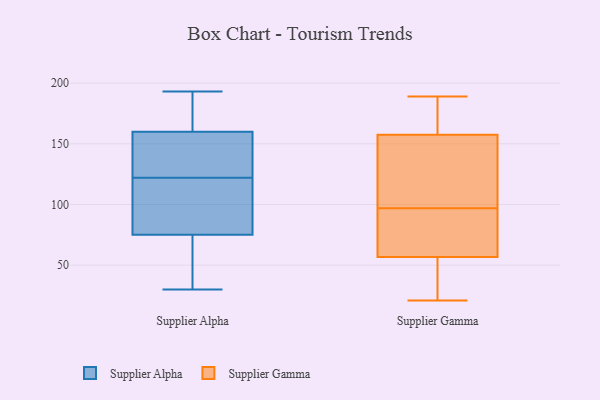
{"axis": {"x": "Energy Usage (MWh)", "y": "Value"}, "legend": ["Supplier Alpha", "Supplier Gamma"], "data": [{"x": "", "y": 168, "type": "Supplier Alpha"}, {"x": "", "y": 44, "type": "Supplier Alpha"}, {"x": "", "y": 54, "type": "Supplier Alpha"}, {"x": "", "y": 30, "type": "Supplier Alpha"}, {"x": "", "y": 127, "type": "Supplier Alpha"}, {"x": "", "y": 160, "type": "Supplier Alpha"}, {"x": "", "y": 117, "type": "Supplier Alpha"}, {"x": "", "y": 141, "type": "Supplier Alpha"}, {"x": "", "y": 114, "type": "Supplier Alpha"}, {"x": "", "y": 193, "type": "Supplier Alpha"}, {"x": "", "y": 137, "type": "Supplier Alpha"}, {"x": "", "y": 190, "type": "Supplier Alpha"}, {"x": "", "y": 175, "type": "Supplier Alpha"}, {"x": "", "y": 99, "type": "Supplier Alpha"}, {"x": "", "y": 145, "type": "Supplier Alpha"}, {"x": "", "y": 89, "type": "Supplier Alpha"}, {"x": "", "y": 43, "type": "Supplier Alpha"}, {"x": "", "y": 75, "type": "Supplier Alpha"}, {"x": "", "y": 189, "type": "Supplier Gamma"}, {"x": "", "y": 90, "type": "Supplier Gamma"}, {"x": "", "y": 177, "type": "Supplier Gamma"}, {"x": "", "y": 58, "type": "Supplier Gamma"}, {"x": "", "y": 111, "type": "Supplier Gamma"}, {"x": "", "y": 99, "type": "Supplier Gamma"}, {"x": "", "y": 62, "type": "Supplier Gamma"}, {"x": "", "y": 59, "type": "Supplier Gamma"}, {"x": "", "y": 168, "type": "Supplier Gamma"}, {"x": "", "y": 53, "type": "Supplier Gamma"}, {"x": "", "y": 52, "type": "Supplier Gamma"}, {"x": "", "y": 177, "type": "Supplier Gamma"}, {"x": "", "y": 21, "type": "Supplier Gamma"}, {"x": "", "y": 154, "type": "Supplier Gamma"}, {"x": "", "y": 115, "type": "Supplier Gamma"}, {"x": "", "y": 97, "type": "Supplier Gamma"}, {"x": "", "y": 51, "type": "Supplier Gamma"}]}